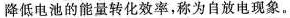
降低电池的能量转化效率，称为自放电现象。